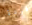
قردة